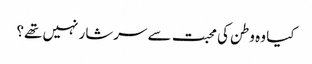
کیا وہ وطن کی محبت سے سرشار نہیں تھے؟